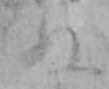
ぬ